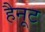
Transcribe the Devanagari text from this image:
हैनूट